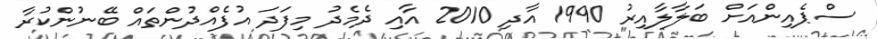
ސްޕެއިންއަށް ބަލާލާއިރު 1990 އާދި 2010 އާއި ދެމެދު މިފަދަ އުފެއްދުންތައް ބޭނުންކުރާ